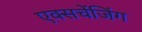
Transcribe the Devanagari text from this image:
एक्सचेंजिंग